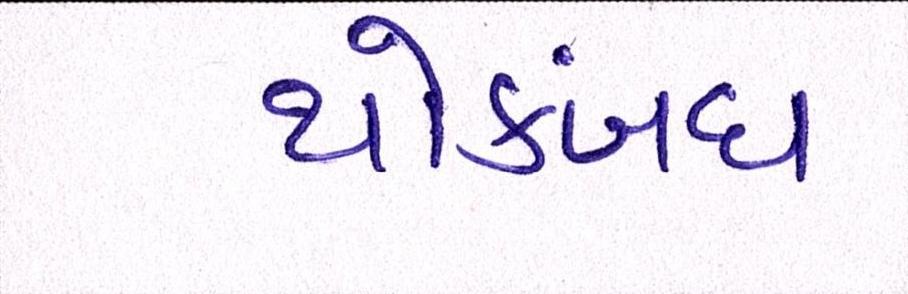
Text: થોકબંધ